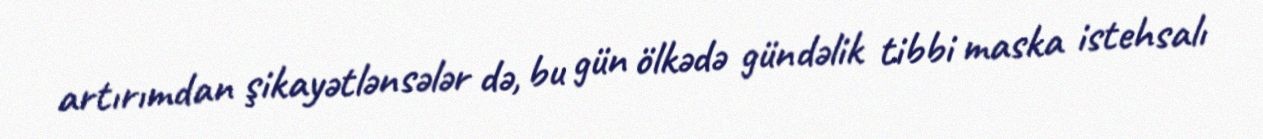
artırımdan şikayətlənsələr də, bu gün ölkədə gündəlik tibbi maska istehsalı